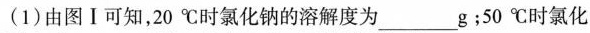
(1)由图Ⅰ可知，20℃时氯化钠的溶解度为___g；50℃时氯化